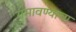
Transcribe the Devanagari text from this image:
गमावण्याचा